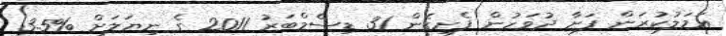
ޢަމަލުކުރަން ފަށާ ދުވަހުން ފެށިގެން 31 ޑިސެމްބަރު 2011 ގެ ނިޔަލަށް %3.5